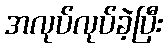
အလုပ်လုပ်ခဲ့ပြီး